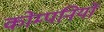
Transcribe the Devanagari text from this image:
कोम्पनियों